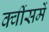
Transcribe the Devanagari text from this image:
क्वींसमें